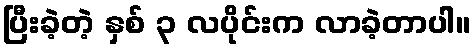
ပြီးခဲ့တဲ့ နှစ် ၃ လပိုင်းက လာခဲ့တာပါ။